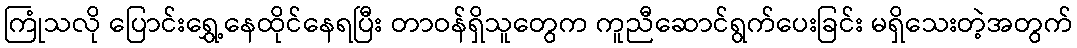
ကြုံသလို ပြောင်းရွှေ့နေထိုင်နေရပြီး တာဝန်ရှိသူတွေက ကူညီဆောင်ရွက်ပေးခြင်း မရှိသေးတဲ့အတွက်